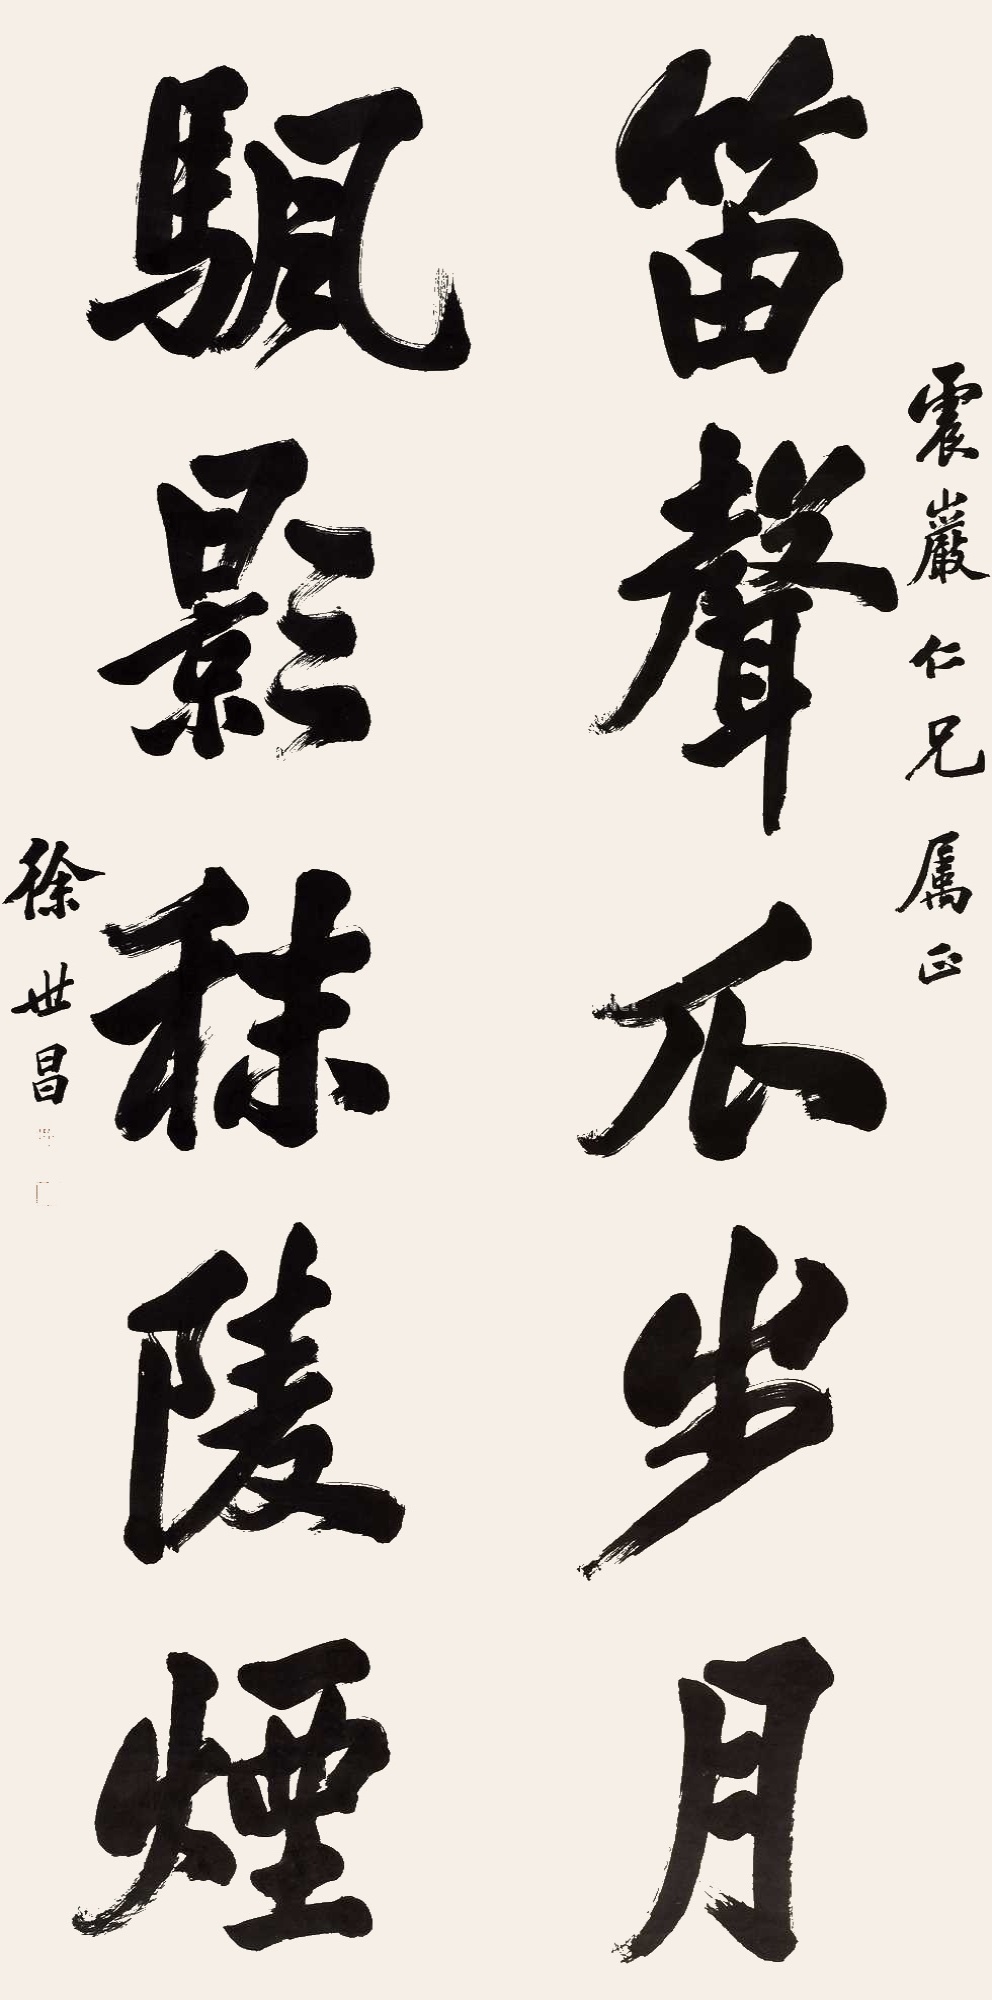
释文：笛声瓜步月，帆影秣陵烟。震严仁兄属正，徐世昌。